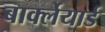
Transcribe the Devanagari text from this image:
बार्क्लेयार्ड